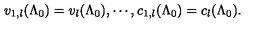
v _ { 1 , l } ( \Lambda _ { 0 } ) = v _ { l } ( \Lambda _ { 0 } ) , \cdots , c _ { 1 , l } ( \Lambda _ { 0 } ) = c _ { l } ( \Lambda _ { 0 } ) .